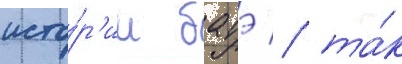
исто́р'ии батэ / та́к